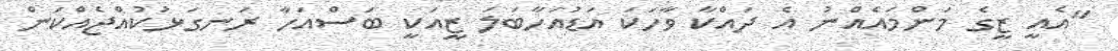
"އެއީ ޒީގެ މަންމައެއްނު އެ ދައްކާ ވާހަކަ އަޑުއަހާބަލަ ޒީއަކީ ބަސްއަހާ ރަނގަޅުކުއްޖެއްކަން